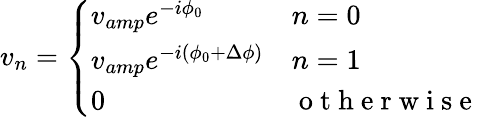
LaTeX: v_{n}=\left\{ \begin{array}{ll}{v_{amp}e^{-i\phi_{0}}}&{n=0}\\ {v_{amp}e^{-i\left(\phi_{0}+\Delta\phi\right)}}&{n=1}\\ {0}&{\mathrm{~o~t~h~e~r~w~i~s~e~}}\end{array}\right.